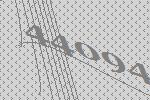
44094